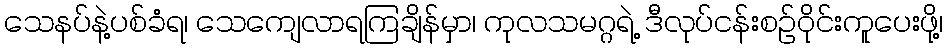
သေနပ်နဲ့ပစ်ခံရ၊ သေကျေလာရကြချိန်မှာ၊ ကုလသမဂ္ဂရဲ့ ဒီလုပ်ငန်းစဉ်ဝိုင်းကူပေးဖို့၊